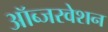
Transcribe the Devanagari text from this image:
ऑब्जरवेशन